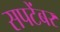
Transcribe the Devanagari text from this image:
सपटेंबर